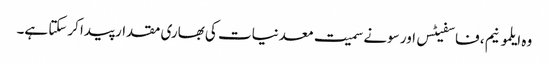
وہ ایلمونیم ، فاسفیٹس اور سونے سمیت معدنیات کی بھاری مقدار پیدا کرسکتا ہے۔